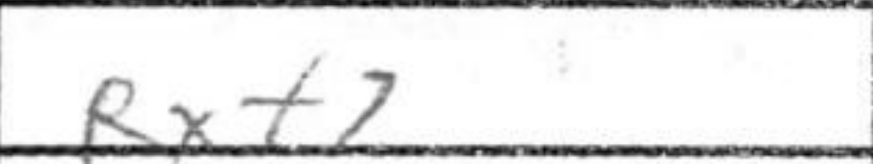
Transcription: Rxf7